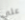
علي